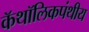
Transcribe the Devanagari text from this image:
कॅथॉलिकपंथीय